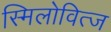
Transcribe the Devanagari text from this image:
स्मिलोवित्ज